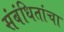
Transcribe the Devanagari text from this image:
संबंधितांचा